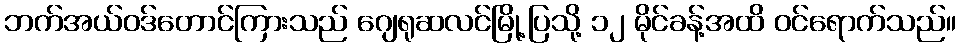
ဘက်အယ်ဝဒ်တောင်ကြားသည် ဂျေရုဆလင်မြို့ပြသို့ ၁၂ မိုင်ခန့်အထိ ဝင်ရောက်သည်။